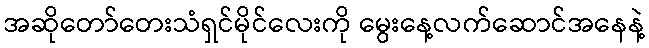
အဆိုတော်တေးသံရှင်မိုင်လေးကို မွေးနေ့လက်ဆောင်အနေနဲ့